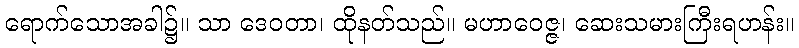
ရောက်သောအခါ၌။ သာ ဒေဝတာ၊ ထိုနတ်သည်။ မဟာဝေဇ္ဇ၊ ဆေးသမားကြီးရဟန်း။